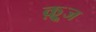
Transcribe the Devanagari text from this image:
क़्रूज